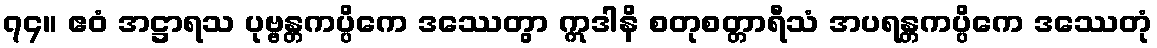
၇၄။ ဧဝံ အဋ္ဌာရသ ပုဗ္ဗန္တကပ္ပိကေ ဒဿေတွာ ဣဒါနိ စတုစတ္တာရီသံ အပရန္တကပ္ပိကေ ဒဿေတုံ